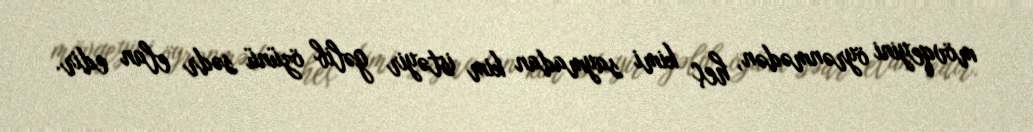
mövqeyini öyrənmədən, heç kimi saymadan kim istəyir gəlib özünü sədr elan edir.